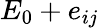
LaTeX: E_{0}+e_{ij}